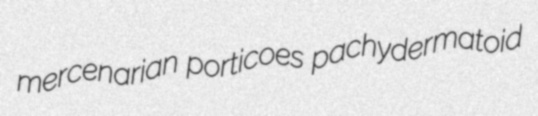
mercenarian porticoes pachydermatoid